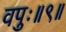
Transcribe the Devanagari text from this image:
वपुः॥९॥